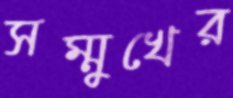
সম্মুখের